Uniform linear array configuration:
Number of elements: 4
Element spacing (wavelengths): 0.5
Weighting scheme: binomial
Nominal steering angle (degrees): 60
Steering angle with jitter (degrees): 61.942
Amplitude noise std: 0.05
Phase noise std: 0.05

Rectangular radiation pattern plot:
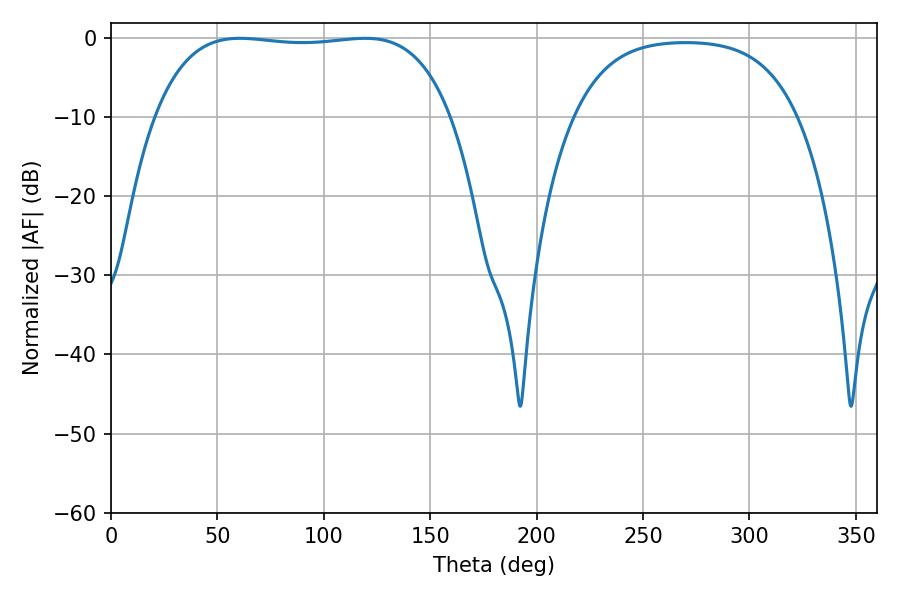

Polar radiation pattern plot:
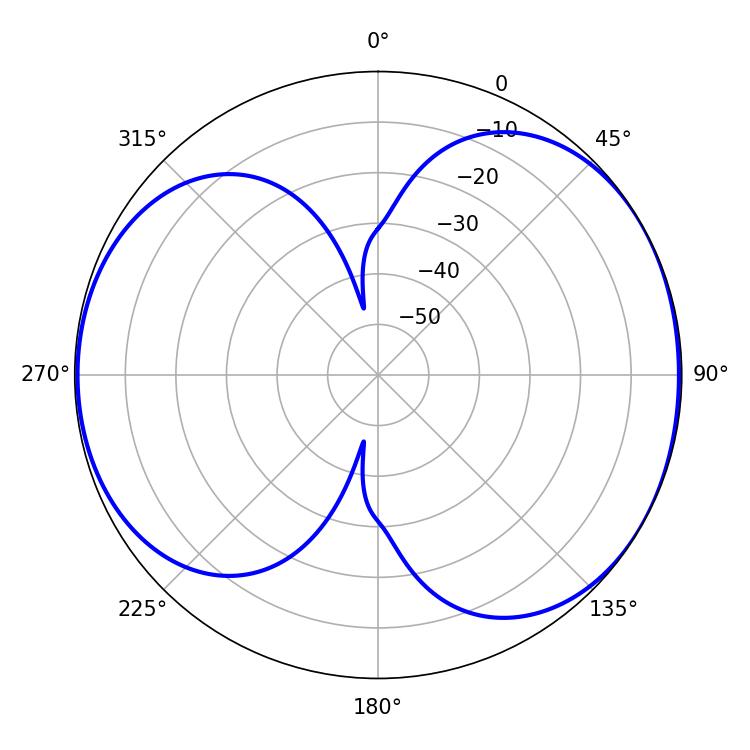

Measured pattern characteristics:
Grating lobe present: FALSE
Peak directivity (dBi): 5.643
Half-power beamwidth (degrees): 110.16
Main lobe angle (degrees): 60.66